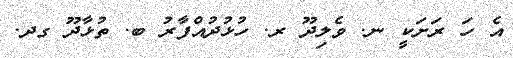
އެ ހަ ރަށަކީ ނ. ވެލިދޫ ރ. ހުޅުދުއްފާރު ބ. ތުޅާދޫ ގދ.